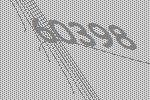
60398